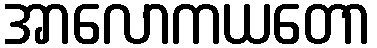
အာလောကယတော